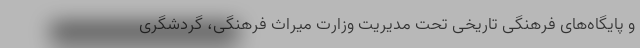
و پایگاه‌های فرهنگی تاریخی تحت مدیریت وزارت میراث فرهنگی، گردشگری